Annual administration and progress report of the Indian Medical Department, Bombay
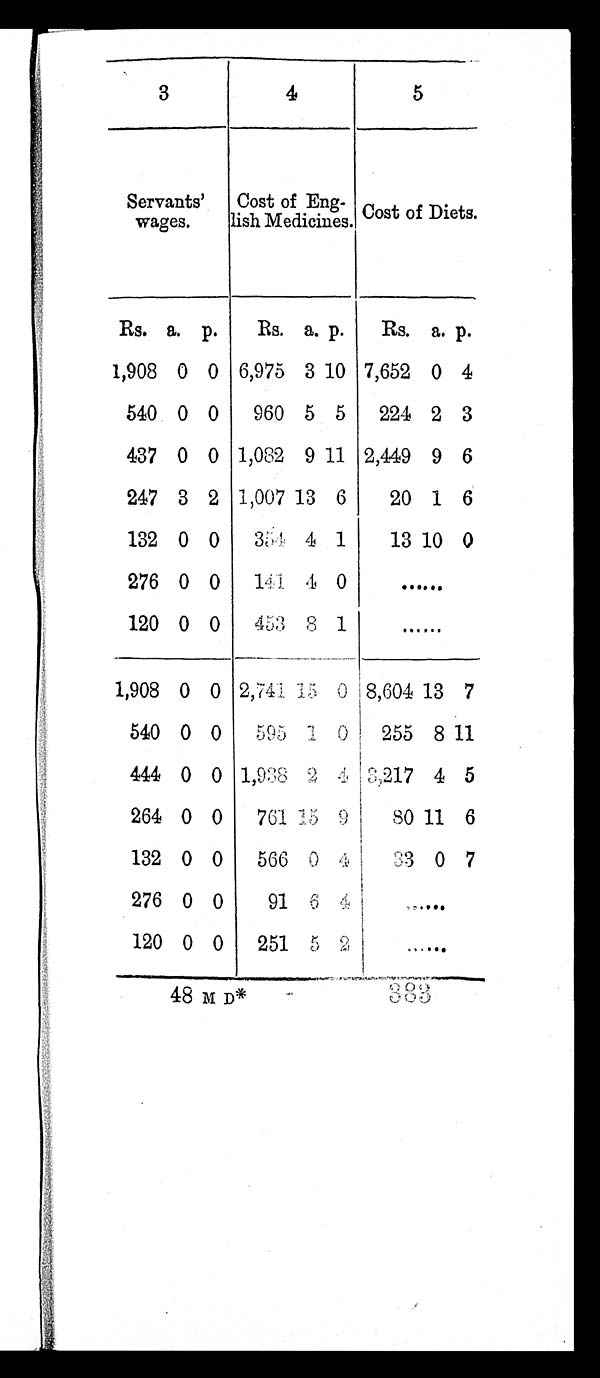
48 M D*
383
3
4
5
Servants'
wages.
Cost of Eng
-
lish Medicines. Cost of Diets.
Rs. a. p.
Rs. a. p.
Rs. a. p.
1,908 0 0 6,975 3 10 7,652 0 4
540 0 0
960 5 5
224 2 3
437 0 0 1,082 9 11 2,449 9 6
247 3 2 1,007
1 3 6
20 1 6
132 0 0
3 5 4 4 1
13 10 0
276 0 0
141
4 0
. . .
120 0 0
453 8 1
. . .
1,908 0 0 2,741 15 0 8,604 13 7
540 0 0
595 1 0
255 8 11
444 0 0 1,938 2 4 3,217 4 5
264 0 0
761 15 9
8 0 11 6
132 0 0
566 0 4
33 0 7
276 0 0
91
6 4
. . .
120 0 0
251 5 2
. . .